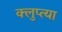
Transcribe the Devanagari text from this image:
क्लुप्त्या